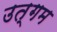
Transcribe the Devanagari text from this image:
उत्गम